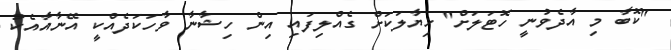
"ކޮބާ މި އާދެވުނީ ހޮޓަލަށް" ޚިޔާލަކަށް ގެއްލިފައި އިން ހިޝާނާ ވާހަކަދެއްކީ އޭނާއާއެކު